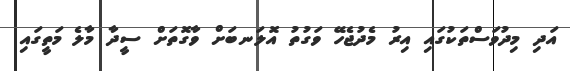
އަދި މިދުވަސްތަކުގައި އިރު މެދުޖެހޭ ވަގުތު އޮލަނބަށް ވާގޮތަށް ސީދާ މާލެ މަތީގައި